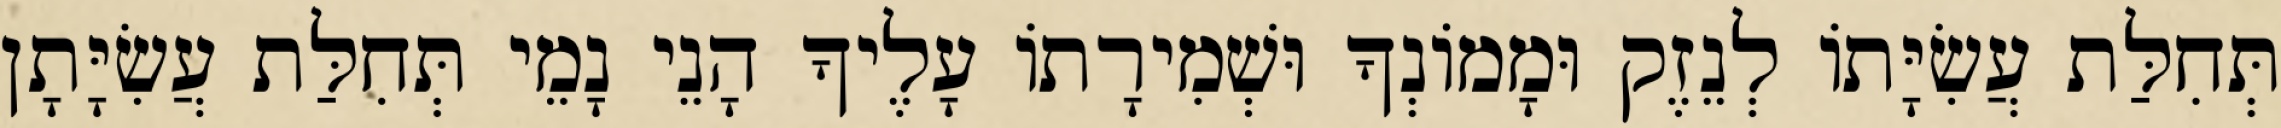
תְּחִלַּת עֲשִׂיָּתוֹ לְנֵזֶק וּמָמוֹנְךָ וּשְׁמִירָתוֹ עָלֶיךָ הָנֵי נָמֵי תְּחִלַּת עֲשִׂיָּתָן